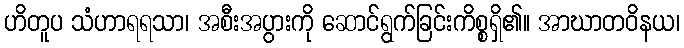
ဟိတူပ သံဟာရရသာ၊ အစီးအပွားကို ဆောင်ရွက်ခြင်းကိစ္စရှိ၏။ အာဃာတဝိနယ၊